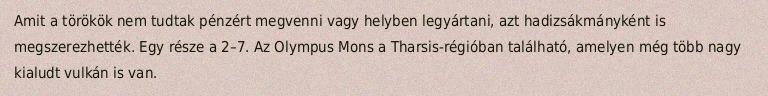
Amit a törökök nem tudtak pénzért megvenni vagy helyben legyártani, azt hadizsákmányként is megszerezhették. Egy része a 2–7. Az Olympus Mons a Tharsis-régióban található, amelyen még több nagy kialudt vulkán is van.